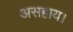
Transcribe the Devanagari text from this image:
असहाय।